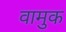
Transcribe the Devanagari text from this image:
वामुक